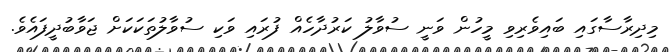
މިދިރާސާގައި ބައިވެރިވި މީހުން ވަނީ ސުވާލު ކަރުދާހެއް ފުރައި ވަކި ސުވާލުތަކަކަށް ޖަވާބުދީފައެވެ.